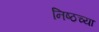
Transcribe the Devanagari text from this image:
निष्ठच्या